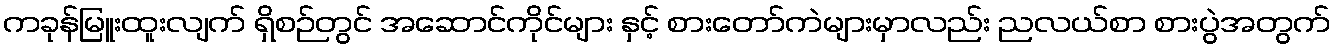
ကခုန်မြူးထူးလျက် ရှိစဉ်တွင် အဆောင်ကိုင်များ နှင့် စားတော်ကဲများမှာလည်း ညလယ်စာ စားပွဲအတွက်